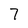
Character: 7